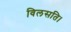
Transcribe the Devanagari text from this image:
विलसति।